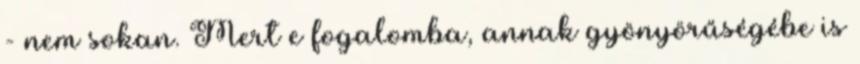
- nem sokan. Mert e fogalomba, annak gyönyörűségébe is